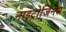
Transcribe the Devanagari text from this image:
नाइट्रोजिनस